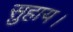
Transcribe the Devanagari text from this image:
सुहाय।